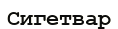
Сигетвар